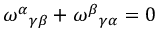
\omega ^ { \alpha } { } _ { \gamma \beta } + \omega ^ { \beta } { } _ { \gamma \alpha } = 0